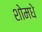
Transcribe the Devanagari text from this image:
शोमधे